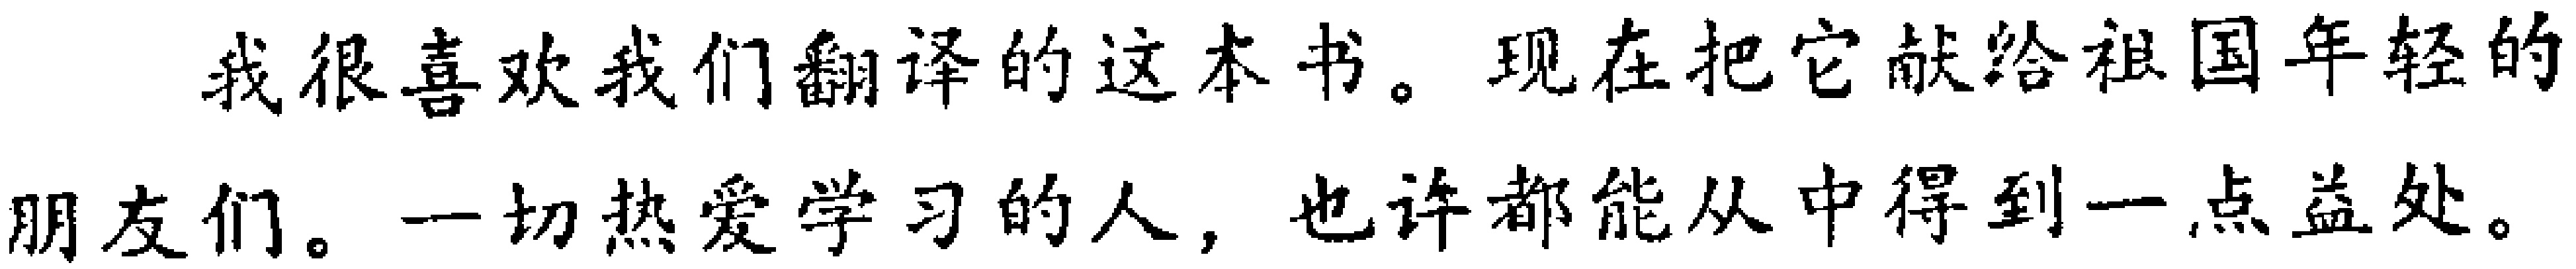
我很喜欢我们翻译的这本书。现在把它献给祖国年轻的朋友们。一切热爱学习的人，也许都能从中得到一点益处。